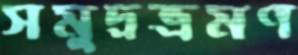
সমুদ্রভ্রমণ